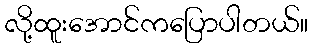
လို့ထူးအောင်ကပြောပါတယ်။